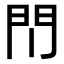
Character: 𫔘